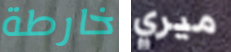
خارطة ميري